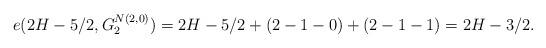
LaTeX: \begin{align*} e(2H-5/2,G^{N(2,0)}_{2}) =2H-5/2+(2-1-0)+(2-1-1)=2H-3/2. \end{align*}